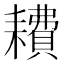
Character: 𫅿